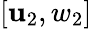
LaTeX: [\mathbf{u}_{2},w_{2}]